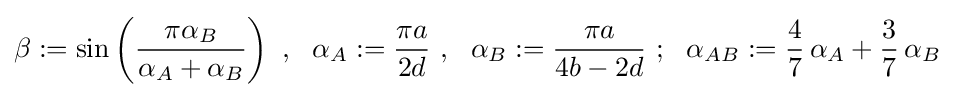
\beta :=\sin \left({\frac {\pi \alpha _{B}}{\alpha _{A}+\alpha _{B}}}\right)~,~~\alpha _{A}:={\frac {\pi a}{2d}}~,~~\alpha _{B}:={\frac {\pi a}{4b-2d}}~;~~\alpha _{AB}:={\frac {4}{7}}\,\alpha _{A}+{\frac {3}{7}}\,\alpha _{B}